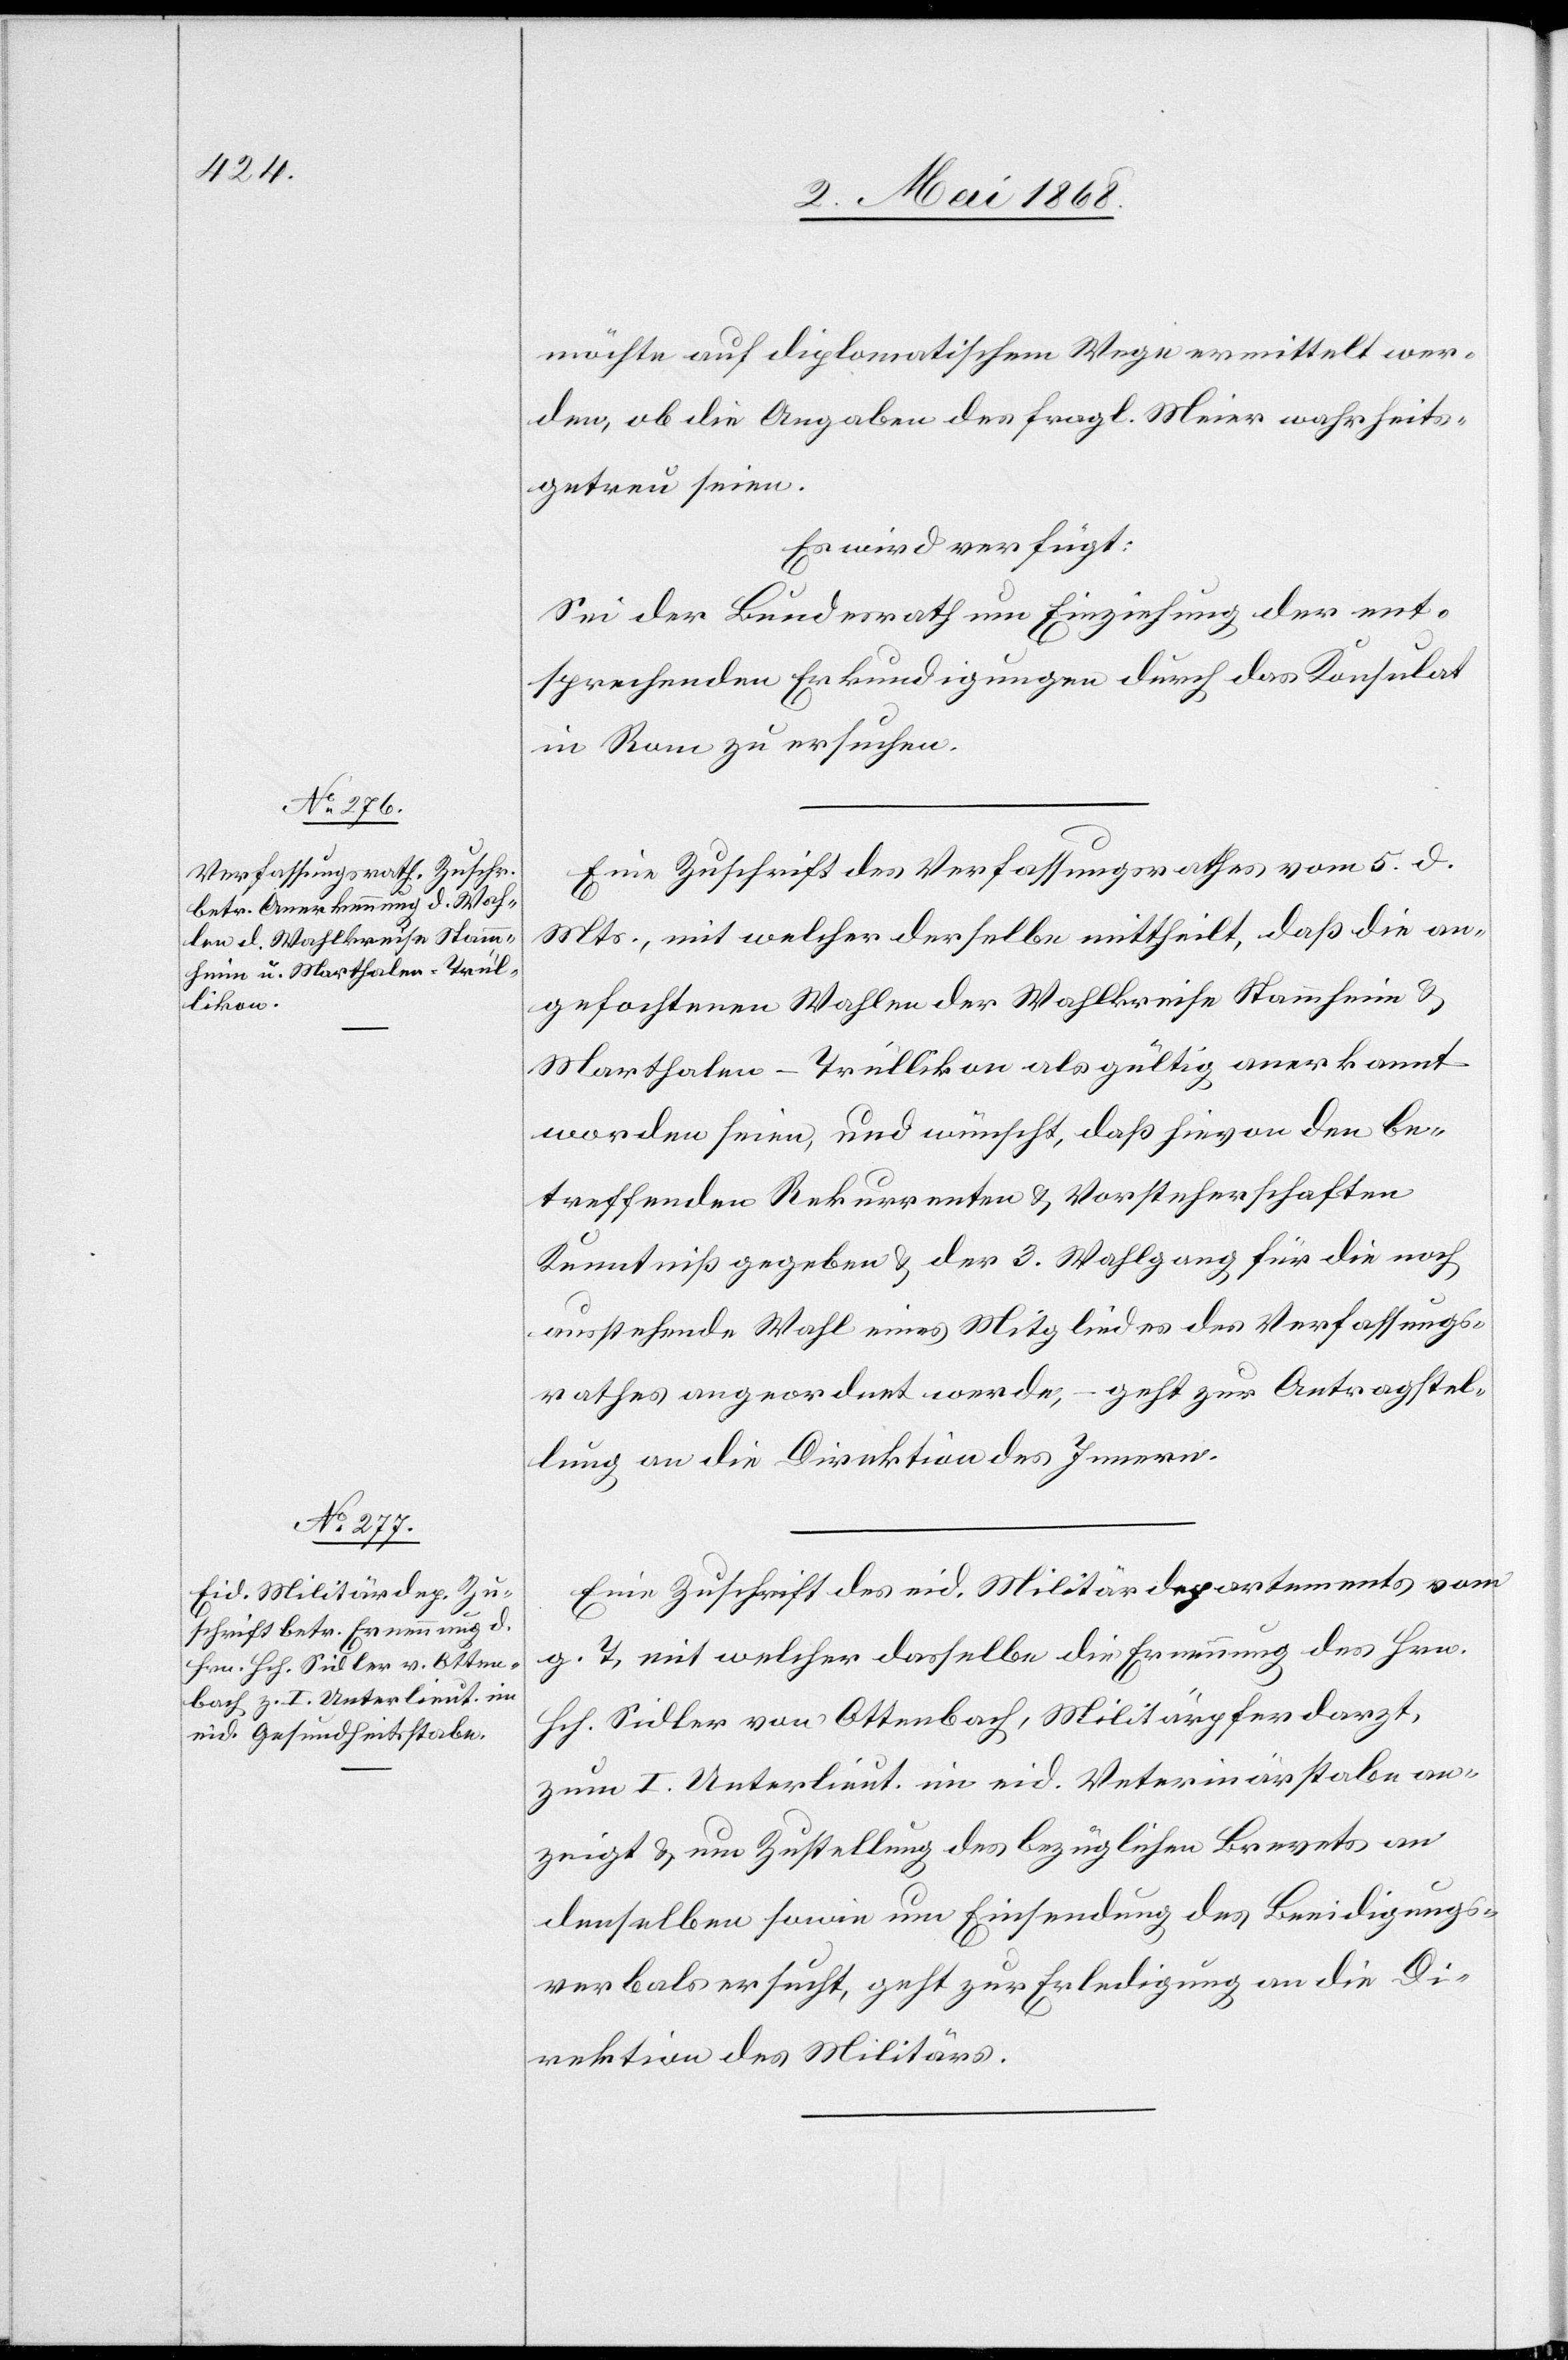
8. Mai 1868.]
möchte auf diplomatischem Wege ermittelt wer¬
den, ob die Angaben des fragl. Meier wahrheits¬
getreu seien.
Es wird verfügt:
Sei der Bundesrath um Einziehung der ent¬
sprechenden Erkundigungen durch das Konsulat
in Rom zu ersuchen.
Eine Zuschrift des Verfassungsrathes vom 5. d.
Mts., mit welcher derselbe mittheilt, daß die an¬
gefochtenen Wahlen der Wahlkreise Stammheim &
Marthalen-Trüllikon als gültig anerkannt
worden seien, und wünscht, daß hievon den be¬
treffenden Rekurrenten & Vorsteherschaften
Kenntniß gegeben & der 3. Wahlgang für die noch
ausstehende Wahl eines Mitgliedes des Verfassungs¬
rathes angeordnet werde, – geht zur Antragstel¬
lung an die Direktion des Innern.
Eine Zuschrift des eid. Militärdepartements vom
g. T, mit welcher dasselbe die Ernennung des Hrn.
Hch. Sidler von Ottenbach, Militärpferdarzt,
zum I. Unterlieut. im eid. Veterinärstabe an¬
zeigt & um Zustellung des bezüglichen Brevets an
denselben sowie um Einsendung des Beeidigungs¬
verbals ersucht, geht zur Erledigung an die Di¬
rektion des Militärs.